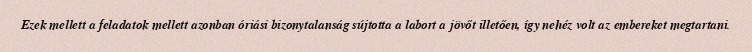
Ezek mellett a feladatok mellett azonban óriási bizonytalanság sújtotta a labort a jövőt illetően, így nehéz volt az embereket megtartani.